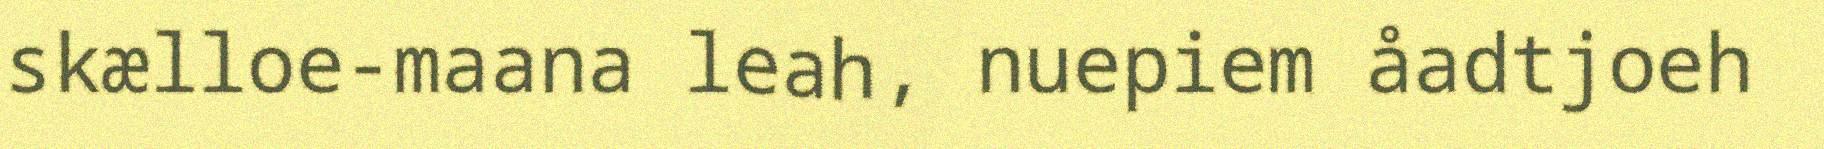
skælloe-maana leah, nuepiem åadtjoeh